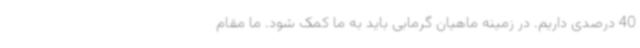
40 درصدی داریم. در زمینه ماهیان گرمابی باید به ما کمک شود. ما مقام